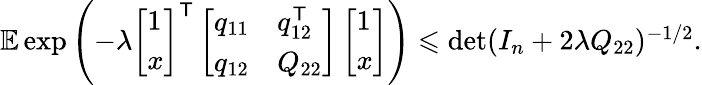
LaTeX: \begin{array}{r}{\mathbb{E}\exp\left(-\lambda\left[\begin{array}{l}{1}\\ {x}\end{array}\right]^{\mathsf{T}}\left[\begin{array}{ll}{q_{11}}&{q_{12}^{\mathsf{T}}}\\ {q_{12}}&{Q_{22}}\end{array}\right]\left[\begin{array}{l}{1}\\ {x}\end{array}\right]\right)\leqslant\operatorname*{det}(I_{n}+2\lambda Q_{22})^{-1/2}.}\end{array}